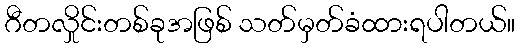
ဂီတလှိုင်းတစ်ခုအဖြစ် သတ်မှတ်ခံထားရပါတယ်။